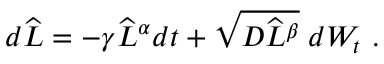
\begin{array} { r } { d \widehat { L } = - \gamma \widehat { L } ^ { \alpha } d t + \sqrt { D \widehat { L } ^ { \beta } } \; d W _ { t } \ . } \end{array}